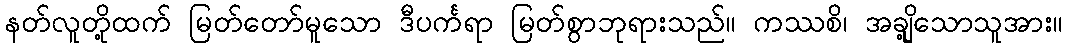
နတ်လူတို့ထက် မြတ်တော်မူသော ဒီပင်္ကရာ မြတ်စွာဘုရားသည်။ ကဿစိ၊ အချို့သောသူအား။